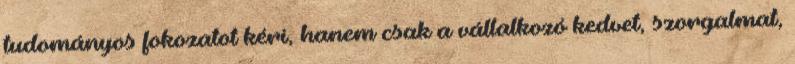
tudományos fokozatot kéri, hanem csak a vállalkozó kedvet, szorgalmat,